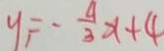
y = - \frac { 4 } { 3 } x + 4